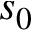
s _ { 0 }